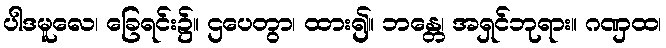
ပါဒမူလေ၊ ခြေရင်း၌။ ဌပေတွာ၊ ထား၍။ ဘန္တေ၊ အရှင်ဘုရား။ ဂဏှထ၊